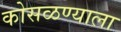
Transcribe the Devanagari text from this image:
कोसळण्याला